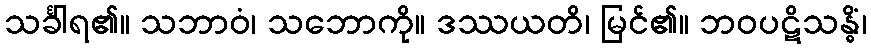
သင်္ခါရ၏။ သဘာဝံ၊ သဘောကို။ ဒဿယတိ၊ မြင်၏။ ဘဝပဋိသန္ဓိံ၊